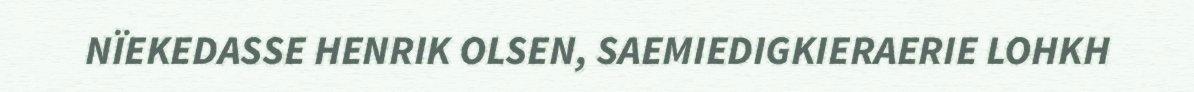
NÏEKEDASSE HENRIK OLSEN, SAEMIEDIGKIERAERIE LOHKH